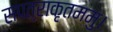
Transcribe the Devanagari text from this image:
सपत्राकृतममु।